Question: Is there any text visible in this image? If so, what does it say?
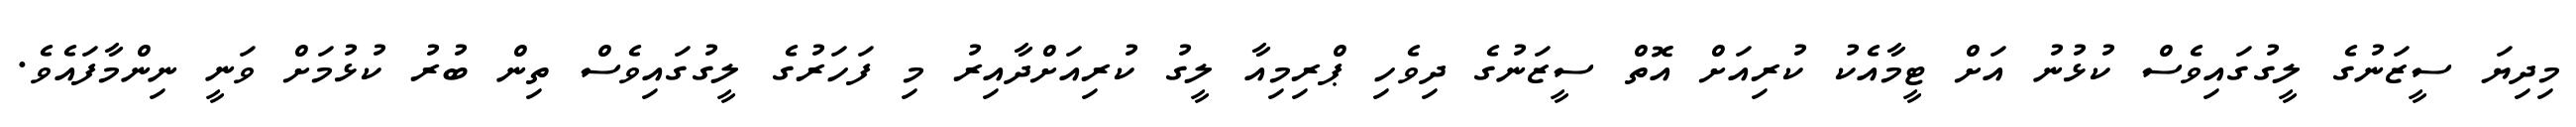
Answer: މިދިޔަ ސީޒަނުގެ ލީގުގައިވެސް ކުޅުނު އަށް ޓީމާއެކު ކުރިއަށް އޮތް ސީޒަނުގެ ދިވެހި ޕްރިމިއާ ލީގު ކުރިއަށްދާއިރު މި ފަހަރުގެ ލީގުގައިވެސް ތިން ބުރު ކުޅުމަށް ވަނީ ނިންމާފައެވެ.